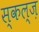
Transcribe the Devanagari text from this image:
स्कल्ज़